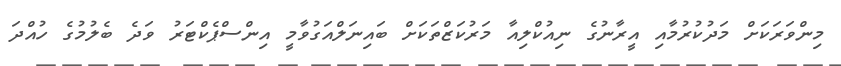
މިންވަރަކަށް މަދުކުރުމާއި އީރާނުގެ ނިއުކްލިއާ މަރުކަޒްތަކަށް ބައިނަލްއަގުވާމީ އިންސްޕެކްޓަރު ވަދެ ބެލުމުގެ ހުއްދަ